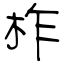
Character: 柞